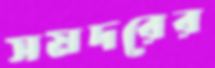
সমদরের